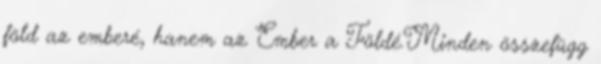
föld az emberé, hanem az Ember a Földé.Minden összefügg